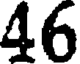
46